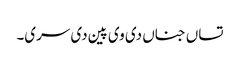
تساں جناں دی وی پین دی سری۔